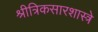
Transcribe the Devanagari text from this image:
श्रीत्रिकसारशास्त्रे